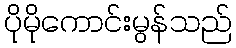
ပိုမိုကောင်းမွန်သည်